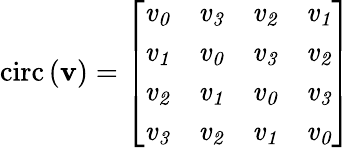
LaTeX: \mathrm{circ}\left(\mathbf{v}\right)=\left[\begin{array}{llll}{\mathit{v_{0}}}&{\mathit{v_{3}}}&{\mathit{v_{2}}}&{\mathit{v_{1}}}\\ {\mathit{v_{1}}}&{\mathit{v_{0}}}&{\mathit{v_{3}}}&{\mathit{v_{2}}}\\ {\mathit{v_{2}}}&{\mathit{v_{1}}}&{\mathit{v_{0}}}&{\mathit{v_{3}}}\\ {\mathit{v_{3}}}&{\mathit{v_{2}}}&{\mathit{v_{1}}}&{\mathit{v_{0}}}\end{array}\right]